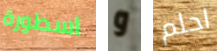
اسطورة و احلم